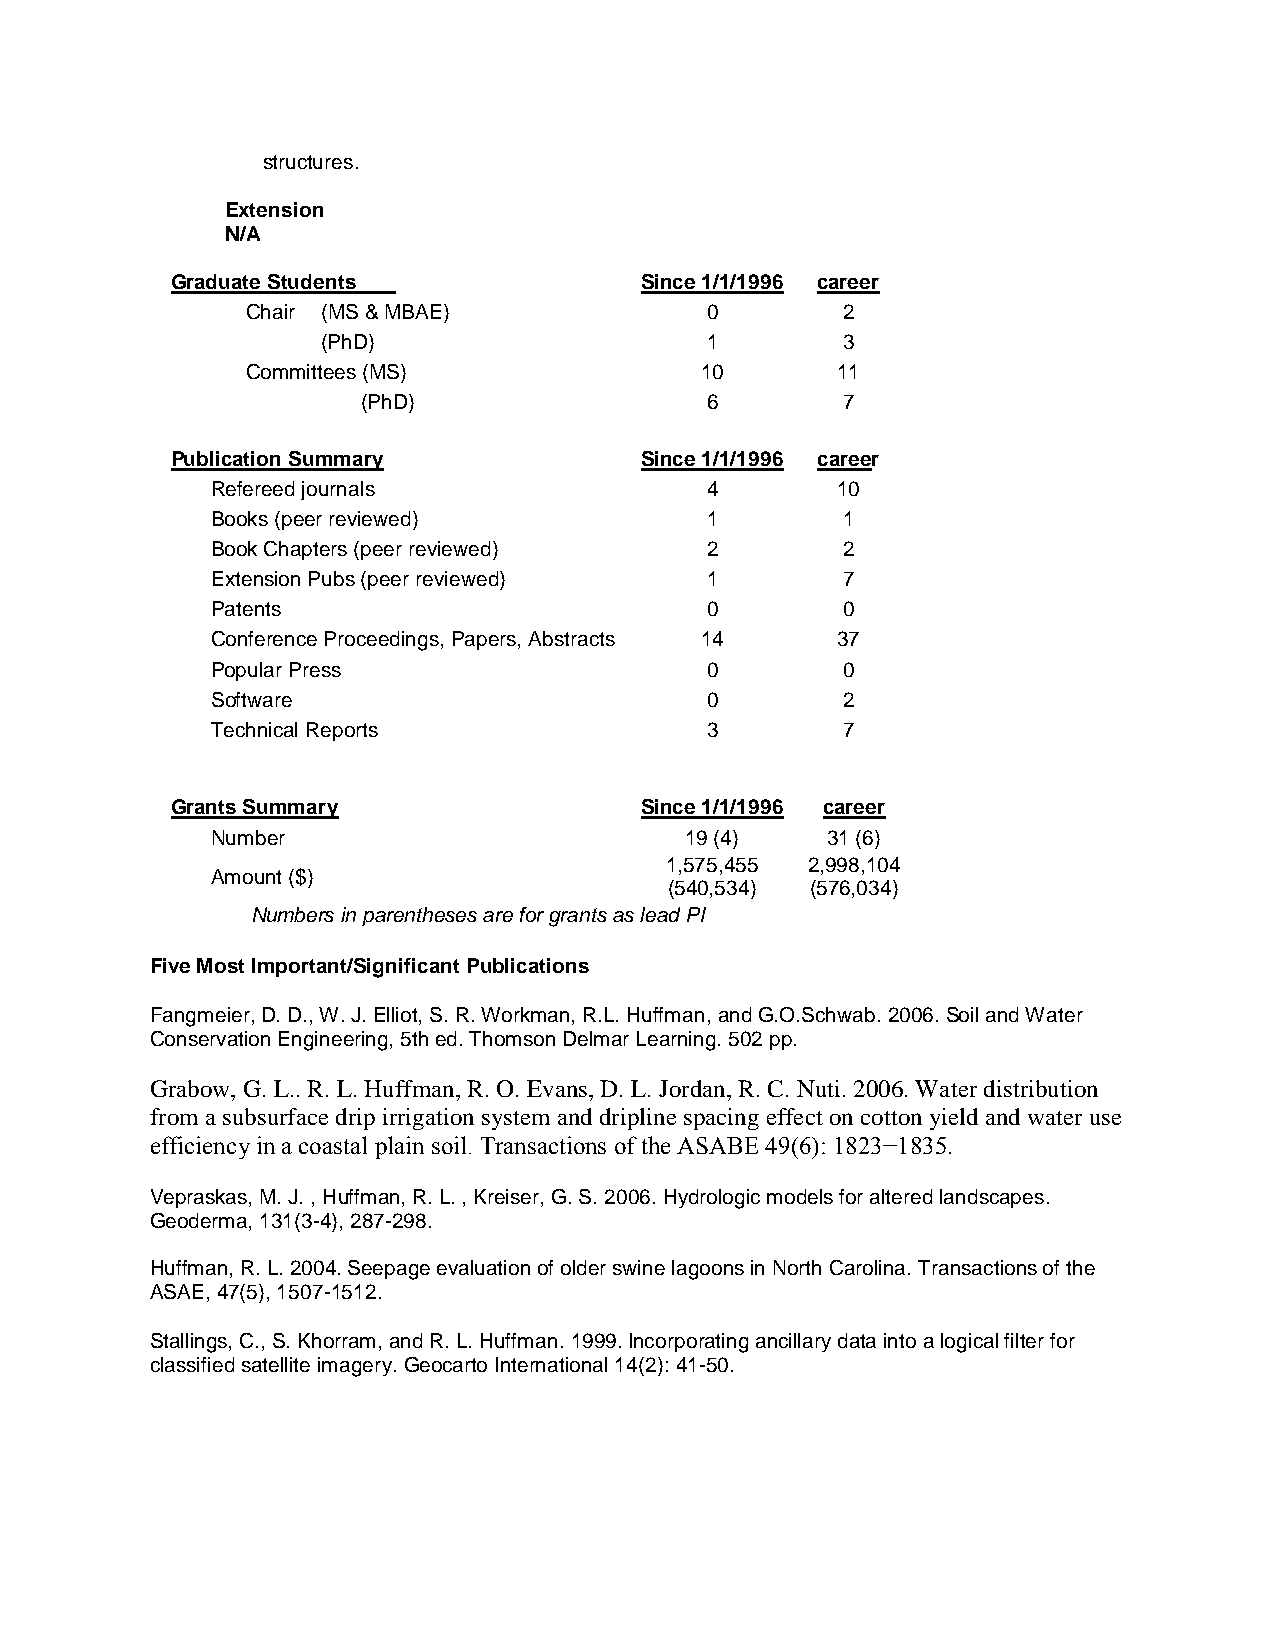
structures.
 Extension
 N/A
 Graduate Students              Since 1/1/1996 career
 Chair (MS & MBAE)              0        2
 (PhD)                     1        3
 Committees (MS)               10       11
 (PhD)                  6        7
 Publication Summary            Since 1/1/1996 career
 Refereed journals                4       10
 Books (peer reviewed)            1        1
 Book Chapters (peer reviewed)    2        2
 Extension Pubs (peer reviewed)   1        7
 Patents                          0        0
 Conference Proceedings, Papers, Abstracts 14 37
 Popular Press                    0        0
 Software                         0        2
 Technical Reports                3        7
 Grants Summary                 Since 1/1/1996 career
 Number                         19 (4)    31 (6)
 1,575,455 2,998,104
 Amount ($)
 (540,534) (576,034)
 Numbers in parentheses are for grants as lead PI
 Five Most Important/Significant Publications
 Fangmeier, D. D., W. J. Elliot, S. R. Workman, R.L. Huffman, and G.O.Schwab. 2006. Soil and Water
 Conservation Engineering, 5th ed. Thomson Delmar Learning. 502 pp.
 Grabow, G. L.. R. L. Huffman, R. O. Evans, D. L. Jordan, R. C. Nuti. 2006. Water distribution
 from a subsurface drip irrigation system and dripline spacing effect on cotton yield and water use
 efficiency in a coastal plain soil. Transactions of the ASABE 49(6): 1823−1835.
 Vepraskas, M. J. , Huffman, R. L. , Kreiser, G. S. 2006. Hydrologic models for altered landscapes.
 Geoderma, 131(3-4), 287-298.
 Huffman, R. L. 2004. Seepage evaluation of older swine lagoons in North Carolina. Transactions of the
 ASAE, 47(5), 1507-1512.
 Stallings, C., S. Khorram, and R. L. Huffman. 1999. Incorporating ancillary data into a logical filter for
 classified satellite imagery. Geocarto International 14(2): 41-50.